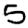
Digit: 5